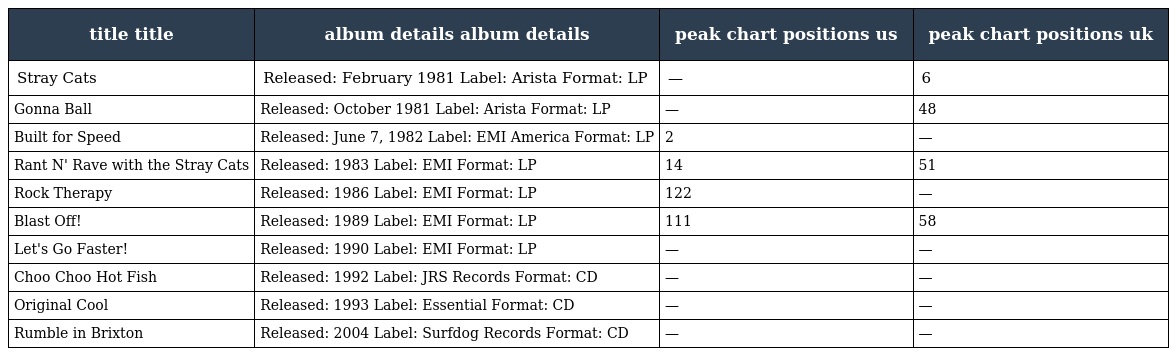
| title title | album details album details | peak chart positions us | peak chart positions uk |
 | --- | --- | --- | --- |
 | Stray Cats | Released: February 1981 Label: Arista Format: LP | — | 6 |
 | Gonna Ball | Released: October 1981 Label: Arista Format: LP | — | 48 |
 | Built for Speed | Released: June 7, 1982 Label: EMI America Format: LP | 2 | — |
 | Rant N' Rave with the Stray Cats | Released: 1983 Label: EMI Format: LP | 14 | 51 |
 | Rock Therapy | Released: 1986 Label: EMI Format: LP | 122 | — |
 | Blast Off! | Released: 1989 Label: EMI Format: LP | 111 | 58 |
 | Let's Go Faster! | Released: 1990 Label: EMI Format: LP | — | — |
 | Choo Choo Hot Fish | Released: 1992 Label: JRS Records Format: CD | — | — |
 | Original Cool | Released: 1993 Label: Essential Format: CD | — | — |
 | Rumble in Brixton | Released: 2004 Label: Surfdog Records Format: CD | — | — |